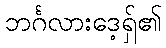
ဘင်္ဂလားဒေ့ရှ်၏